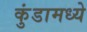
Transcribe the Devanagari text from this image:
कुंडामध्ये